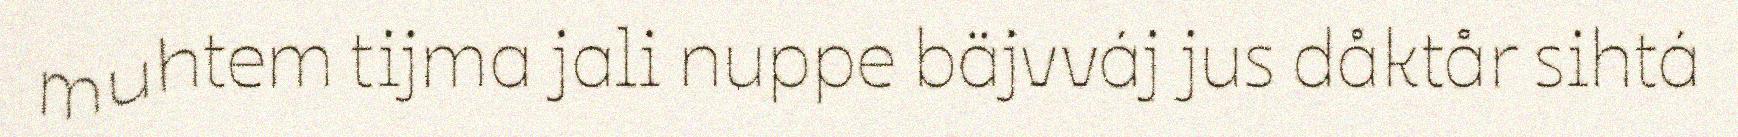
muhtem tijma jali nuppe bäjvváj jus dåktår sihtá